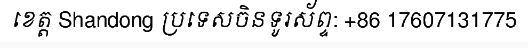
ខេត្ត Shandong ប្រទេសចិនទូរស័ព្ទ: +86 17607131775